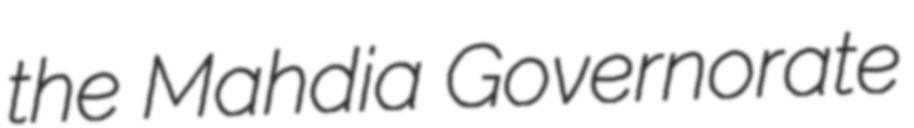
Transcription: the Mahdia Governorate